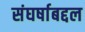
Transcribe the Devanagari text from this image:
संघर्षाबद्दल